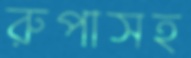
রুপাসহ